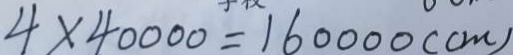
4 \times 4 0 0 0 0 = 1 6 0 0 0 0 ( c m )